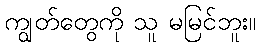
ကျွတ်တွေကို သူ မမြင်ဘူး။